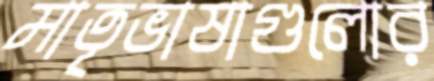
মাতৃভাষাগুলোর